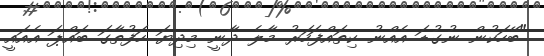
"ބޭހަކުން ނުގުޑަ އެއްނު ކިތައްފަހަރު މާލެ ދާނީ މިދިޔަ ހަފުތާގަ ބައްޕަ އެއައީ